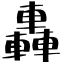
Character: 轟